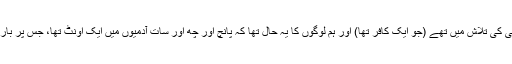
آپﷺ مجدی بن عمرو جہنی کی تلاش میں تھے (جو ایک کافر تھا) اور ہم لوگوں کا یہ حال تھا کہ پانچ اور چھ اور سات آدمیوں میں ایک اونٹ تھا، جس پر باری باری سوار ہوتے تھے۔